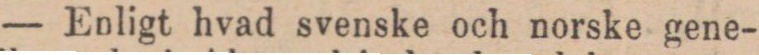
— Enligt hvad svenske och norske gene-